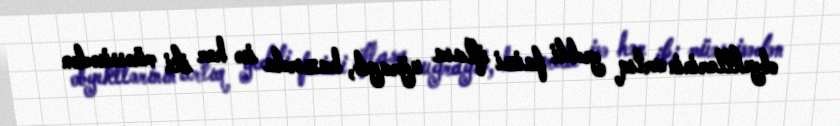
obyektlərinin artıq yeddi faizi iflasa uğrayıb, hazırda isə hər iki müəssisədən